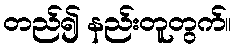
တည်၍ နည်းတူတွက်။